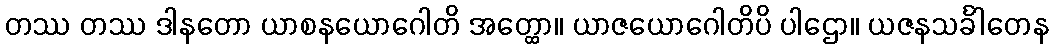
တဿ တဿ ဒါနတော ယာစနယောဂေါတိ အတ္ထော။ ယာဇယောဂေါတိပိ ပါဌော။ ယဇနသင်္ခါတေန